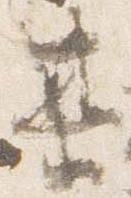
某